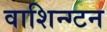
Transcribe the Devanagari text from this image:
वाशिन्ग्टन